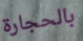
بالحجارة